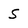
Character: S